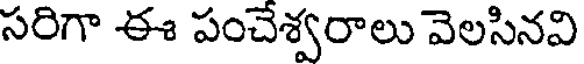
సరిగా ఈ పంచేశ్వరాలు వెలసినవి